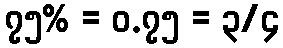
၇၅% = ၀.၇၅ = ၃/၄